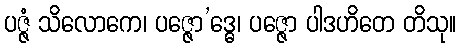
ပဇ္ဇံ သိလောကေ၊ ပဇ္ဇော’ဒ္ဓေ၊ ပဇ္ဇော ပါဒဟိတေ တိသု။